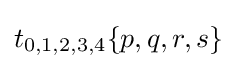
t_{0,1,2,3,4}\{p,q,r,s\}